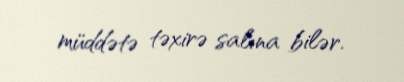
müddətə təxirə salına bilər.